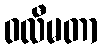
ဝလီမတာ